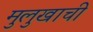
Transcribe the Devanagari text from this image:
मुलुखाची